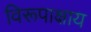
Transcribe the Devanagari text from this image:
विरूपाक्षाय